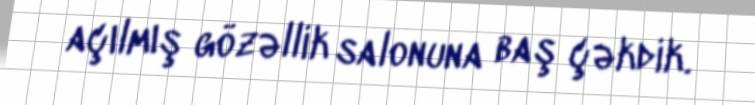
açılmış gözəllik salonuna baş çəkdik.